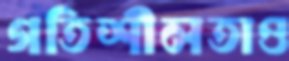
গতিশীলতাও